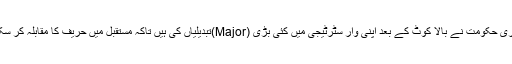
ہماری حکومت نے بالا کوٹ کے بعد اپنی وار سٹرٹیجی میں کئی بڑی (Major)تبدیلیاں کی ہیں تاکہ مستقبل میں حریف کا مقابلہ کر سکیں۔